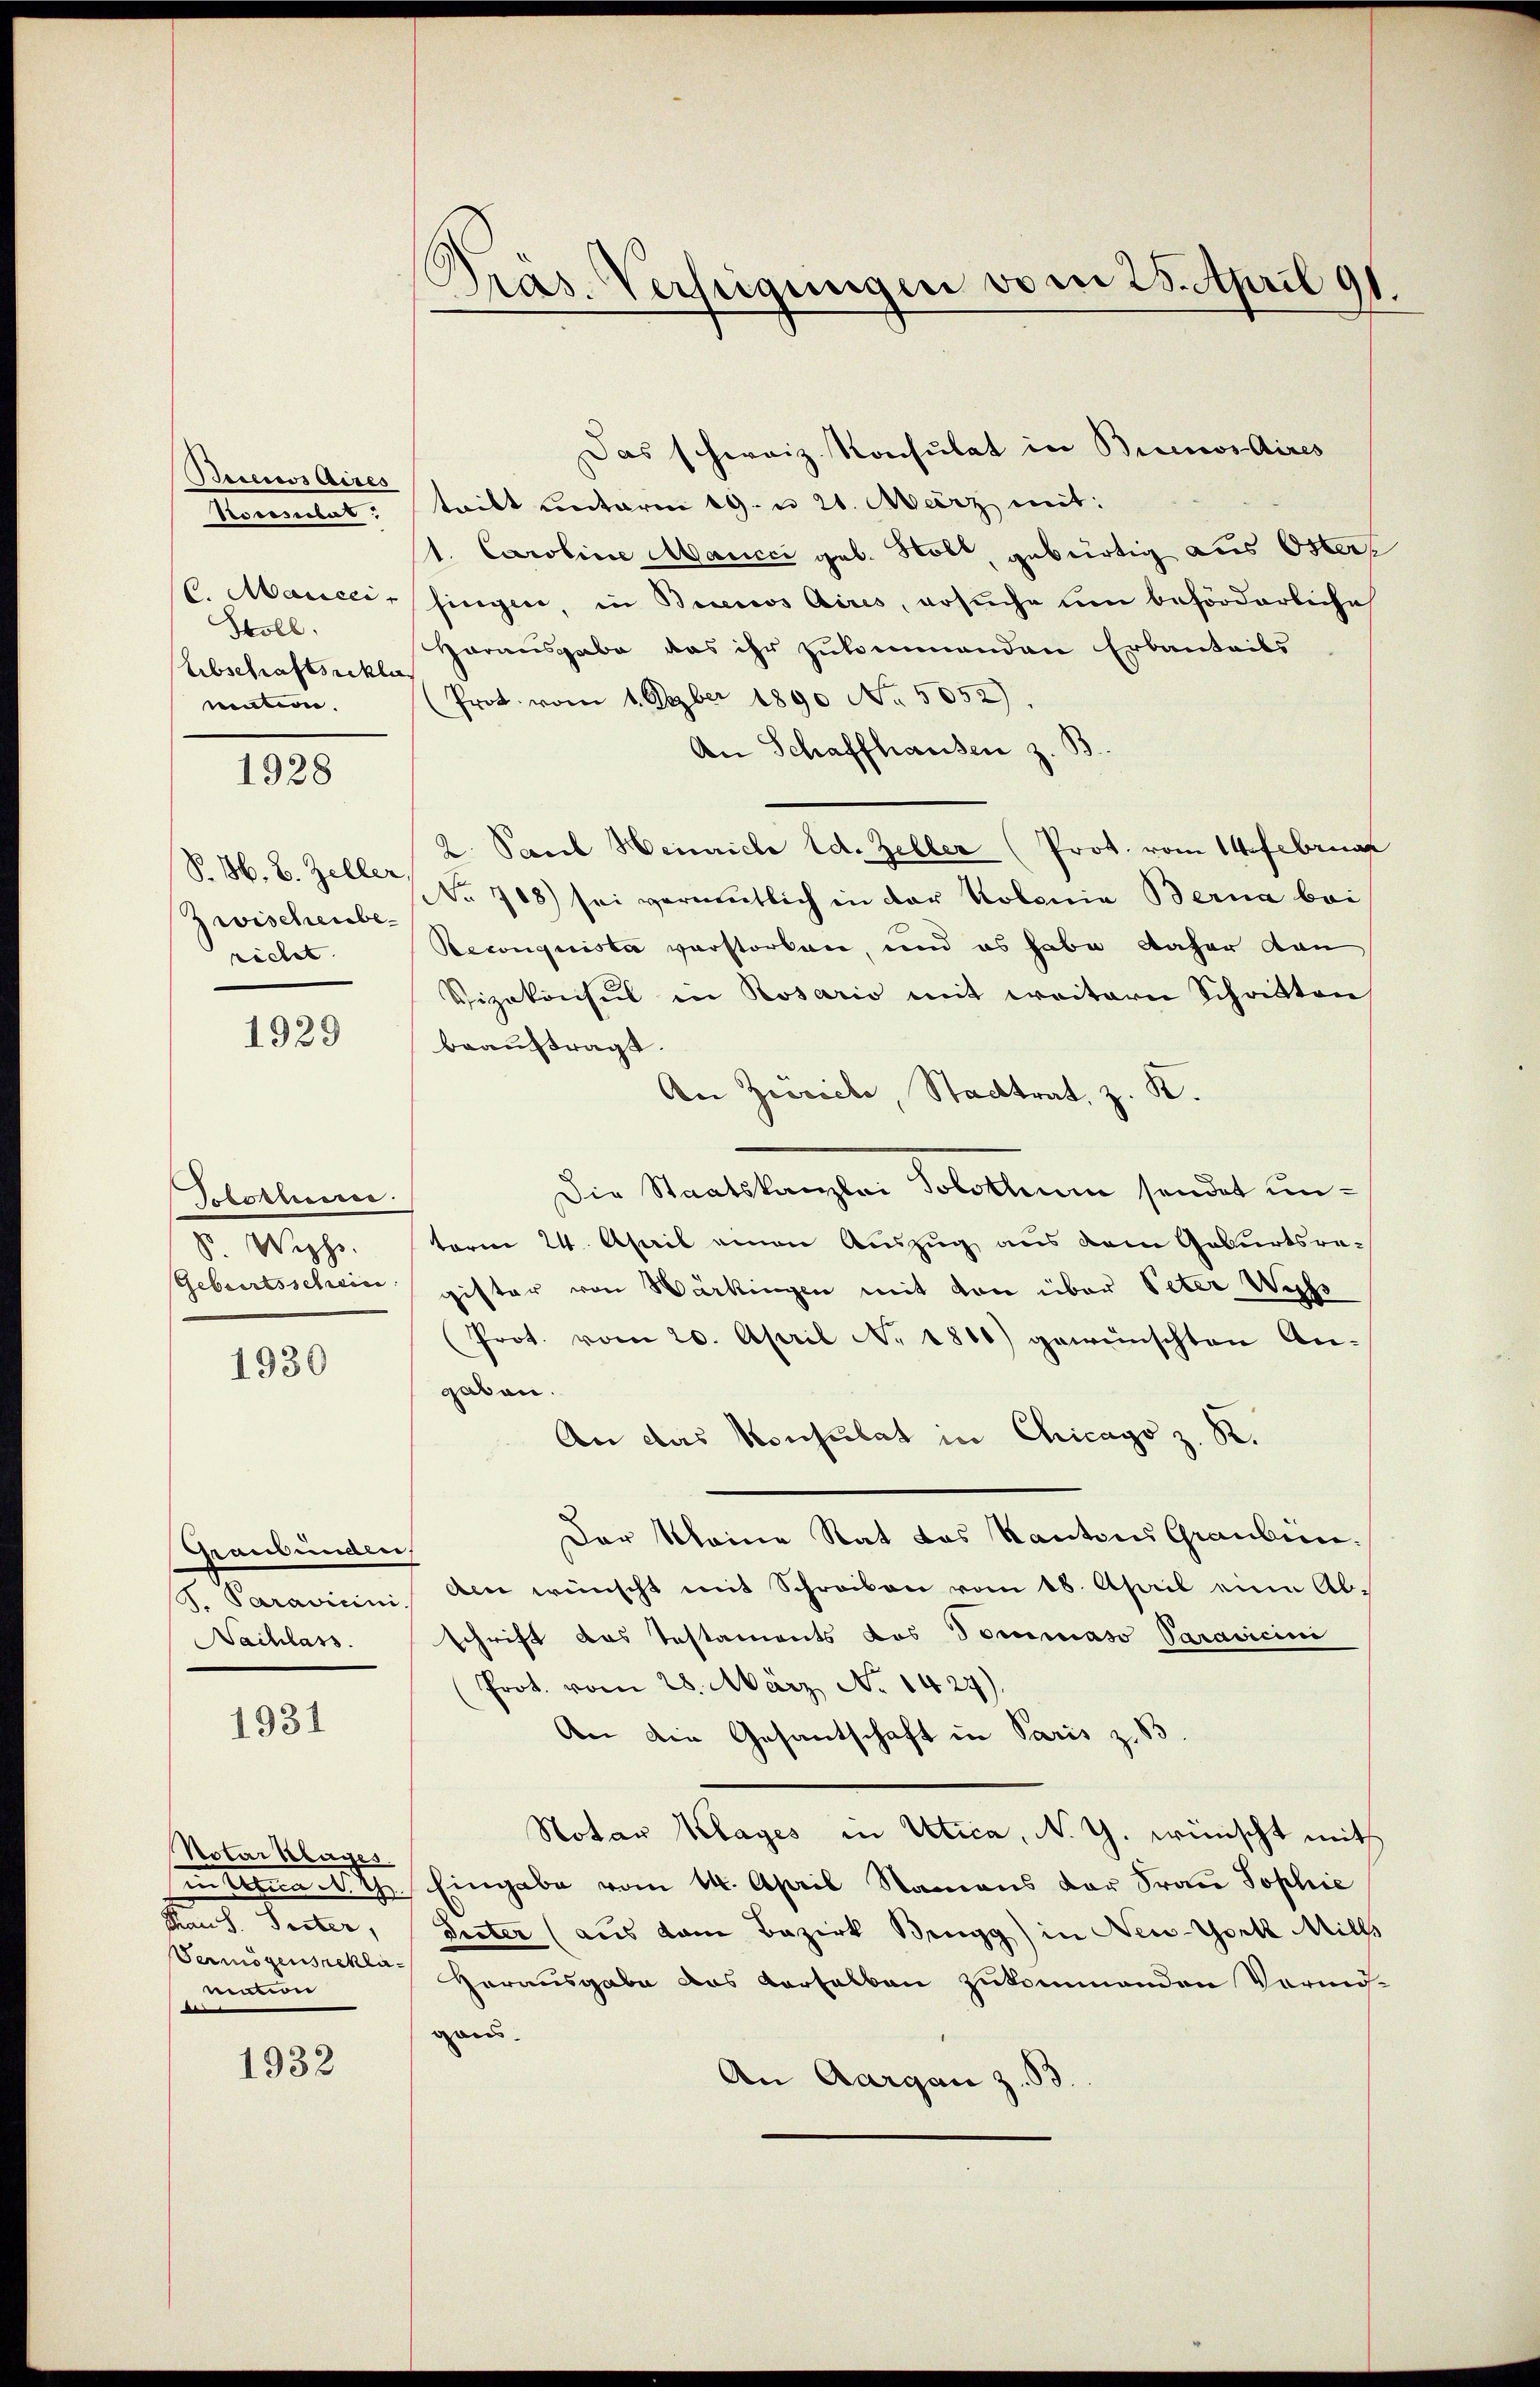
Buenos Aires
Stoll.
Erbschaftsrekla
mation.

1928

P. M. B. Zeller,
Zwischenberechet.

1929

Tobothene
S. Wiss

1930

Graubünden
g. Gemeinen
Nachlass.

1931

Notar Klages.
Thaus. Seiter,
Vermögensneklimation

1932

Präs. Verfügungen vom 28. April 191

Das schweiz. Konsulat in Buenos Aires
Rocentat: tritt unterm 19. u 21. März mit:
1. Caroline Mancci geb. Nob, gebürtig aus Oster¬
6. Marceisingen, in Buenos Aires, ersuche um beförderliche
Harausgabe das ihr zukommenden Erbauteils
Prot. vom 1. Deber 1890 No. 5052).
An Schaffhausen z.
2. Paceb Heinriche Ed. Zeller (Prot. vom 14. Februar
No 708) sei vermutlich in der Kolonia Berna bei
Reconquista verstorben, und es habe daher dan
Vizekonsul in Rosario mit weitern Schatten
beauftragt.
An Zieviele, Stadtrat, z. K.
Die Staatskanzlei Solothum sendet unterm 24. April einen Auszug aus dem Geburtsra¬
Geburtsschein gifter von Wärkingen mit von über Peter Wiss
Prot. vom 20. April N. 1861) gewünschten An-
gaben.
An das Konsulat in Chicago z. R.
Der Meine Rat das Kantons Grauben.
Am wünscht mit Schreiben vom 18. April eine Ab-
schrift das Testaments das Tommaso Paravicini
(Prot. vom 28. März No. 1429).
An die Gesantschaft in Paris z. 13
Notar Klages in Utica, N. G. wünscht mit
in Utica N. Th. Eingabe vom 14. April Namens der Frau Sophie
Preter (aus dem Bezirk Beugg) in New-York Mills
Herausgabe das verselben zukommenden Vermö-
gau.
An Aargau z. B